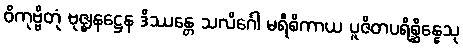
ဝိကုဗ္ဗိတုံ ဗုဇ္ဈနဋ္ဌေန ဒိဿန္တေ သလိင်္ဂေါ မရီစိကာယ ပူဇိတပရိစ္ဆိန္နေသု